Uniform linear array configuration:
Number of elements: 4
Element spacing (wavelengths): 1
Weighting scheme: hann
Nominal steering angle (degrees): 60
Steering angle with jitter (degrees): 59.937
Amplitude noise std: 0.05
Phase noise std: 0.05

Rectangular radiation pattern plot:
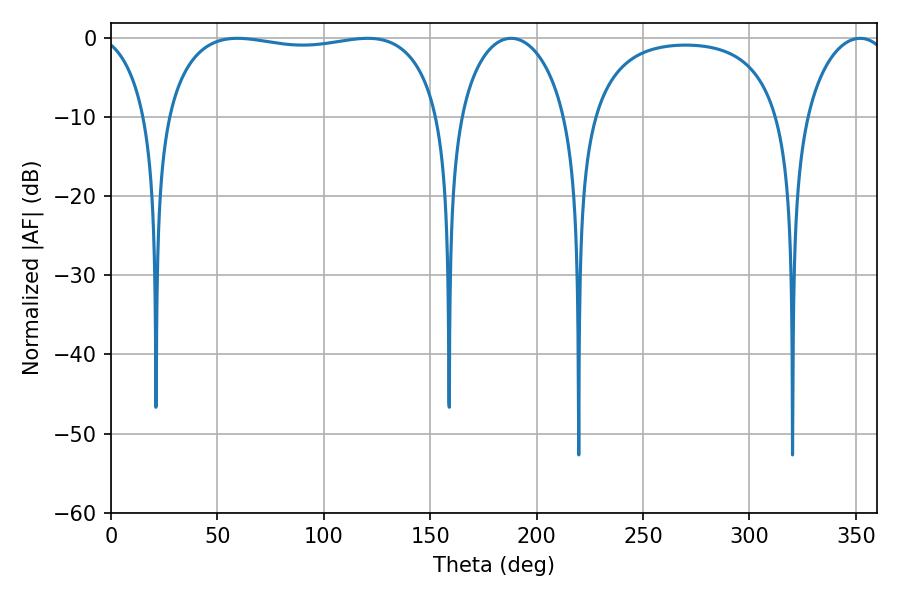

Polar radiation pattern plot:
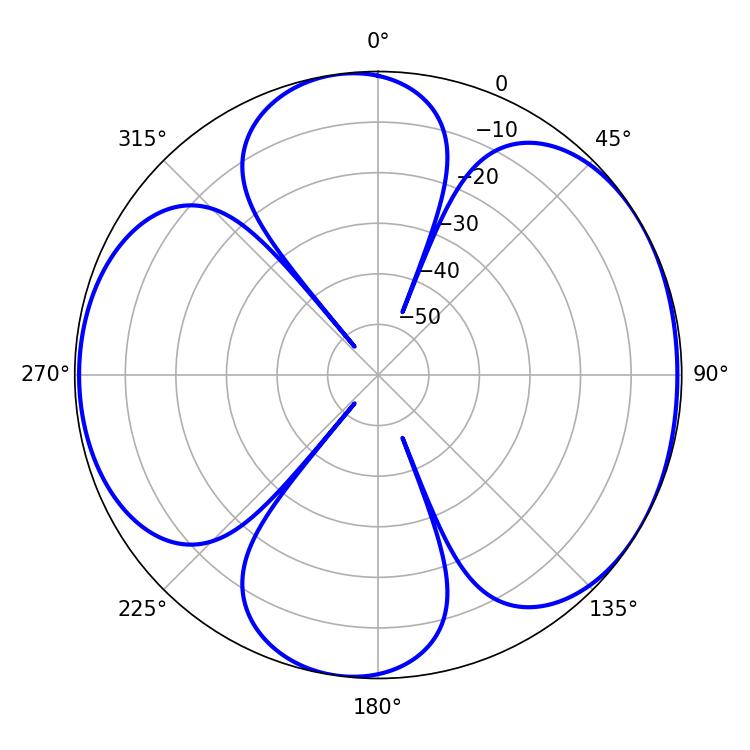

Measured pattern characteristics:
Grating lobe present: TRUE
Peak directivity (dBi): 5.917
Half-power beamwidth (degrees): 104.4
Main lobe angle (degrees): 59.4